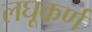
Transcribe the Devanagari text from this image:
लघूकर्ण